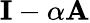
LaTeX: {\mathbf I}-\alpha{\mathbf A}